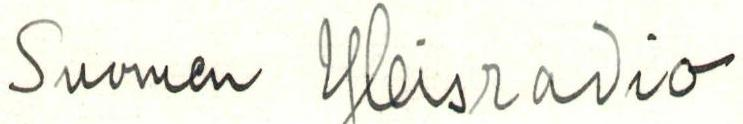
Suomen Yleisradio